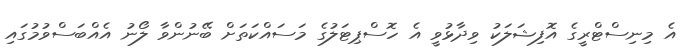
އެ މިނިސްޓްރީގެ އޮފިޝަލަކު ވިދާޅުވީ އެ ހޮސްޕިޓަލުގެ މަސައްކަތަށް ބޭނުންވާ ލޯނު އެއްބަސްވުމުގައި